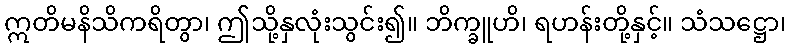
ဣတိမနိသိကရိတွာ၊ ဤသို့နှလုံးသွင်း၍။ ဘိက္ခူဟိ၊ ရဟန်းတို့နှင့်။ သံသဋ္ဌော၊